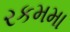
રકમમા